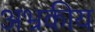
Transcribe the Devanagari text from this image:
अभ्रकीय